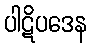
ပါဋိပဒေန